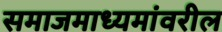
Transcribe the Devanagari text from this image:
समाजमाध्यमांवरील